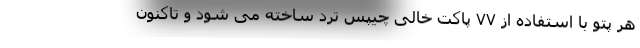
هر پتو با استفاده از ۷۷ پاکت خالی چیپس ترد ساخته می شود و تاکنون